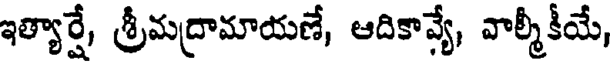
ఇత్యార్షే, శ్రీమద్రామాయణే, ఆదికావ్యే, వాల్మీకీయే,